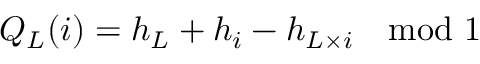
Q _ { L } ( i ) = h _ { L } + h _ { i } - h _ { L \times i } \quad \mathrm { m o d } \ 1